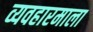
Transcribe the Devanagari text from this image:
व्यवहारमाला